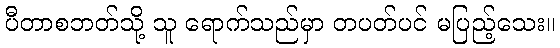
ပီတာစဘတ်သို့ သူ ရောက်သည်မှာ တပတ်ပင် မပြည့်သေး။